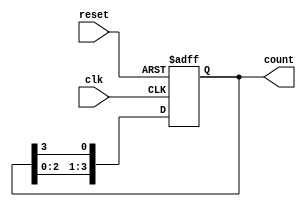
module ring_counter (
    input wire clk,             // Clock signal
    input wire reset,           // Asynchronous reset signal
    output reg [N-1:0] count    // Output of the counter (N stages)
);
    parameter N = 4;            // Number of stages (flip-flops)

    // Initialize the counter on reset
    always @(posedge clk or posedge reset) begin
        if (reset) begin
            count <= 1'b1;      // Set the first flip-flop to '1' and others to '0'
        end else begin
            count <= {count[N-2:0], count[N-1]}; // Shift the '1' to the right
        end
    end
endmodule